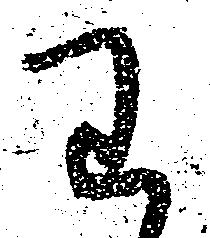
わ